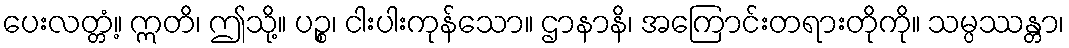
ပေးလတ္တံ့။ ဣတိ၊ ဤသို့။ ပဉ္စ၊ ငါးပါးကုန်သော။ ဌာနာနိ၊ အကြောင်းတရားတိုကို။ သမ္ပဿန္တာ၊